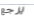
يرجع